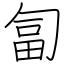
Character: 匐